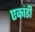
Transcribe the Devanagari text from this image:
एकांडी